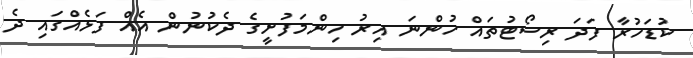
ކުޑަހުރާ ފަދަ ރިސޯޓުތައް ހުންނަ އިރު ހިންމަފުށީގެ ދެކުނުން އެއް ފަޅެއްގައި ދެ